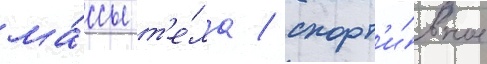
ма́ссы т'е́ла / спорт'и́вное